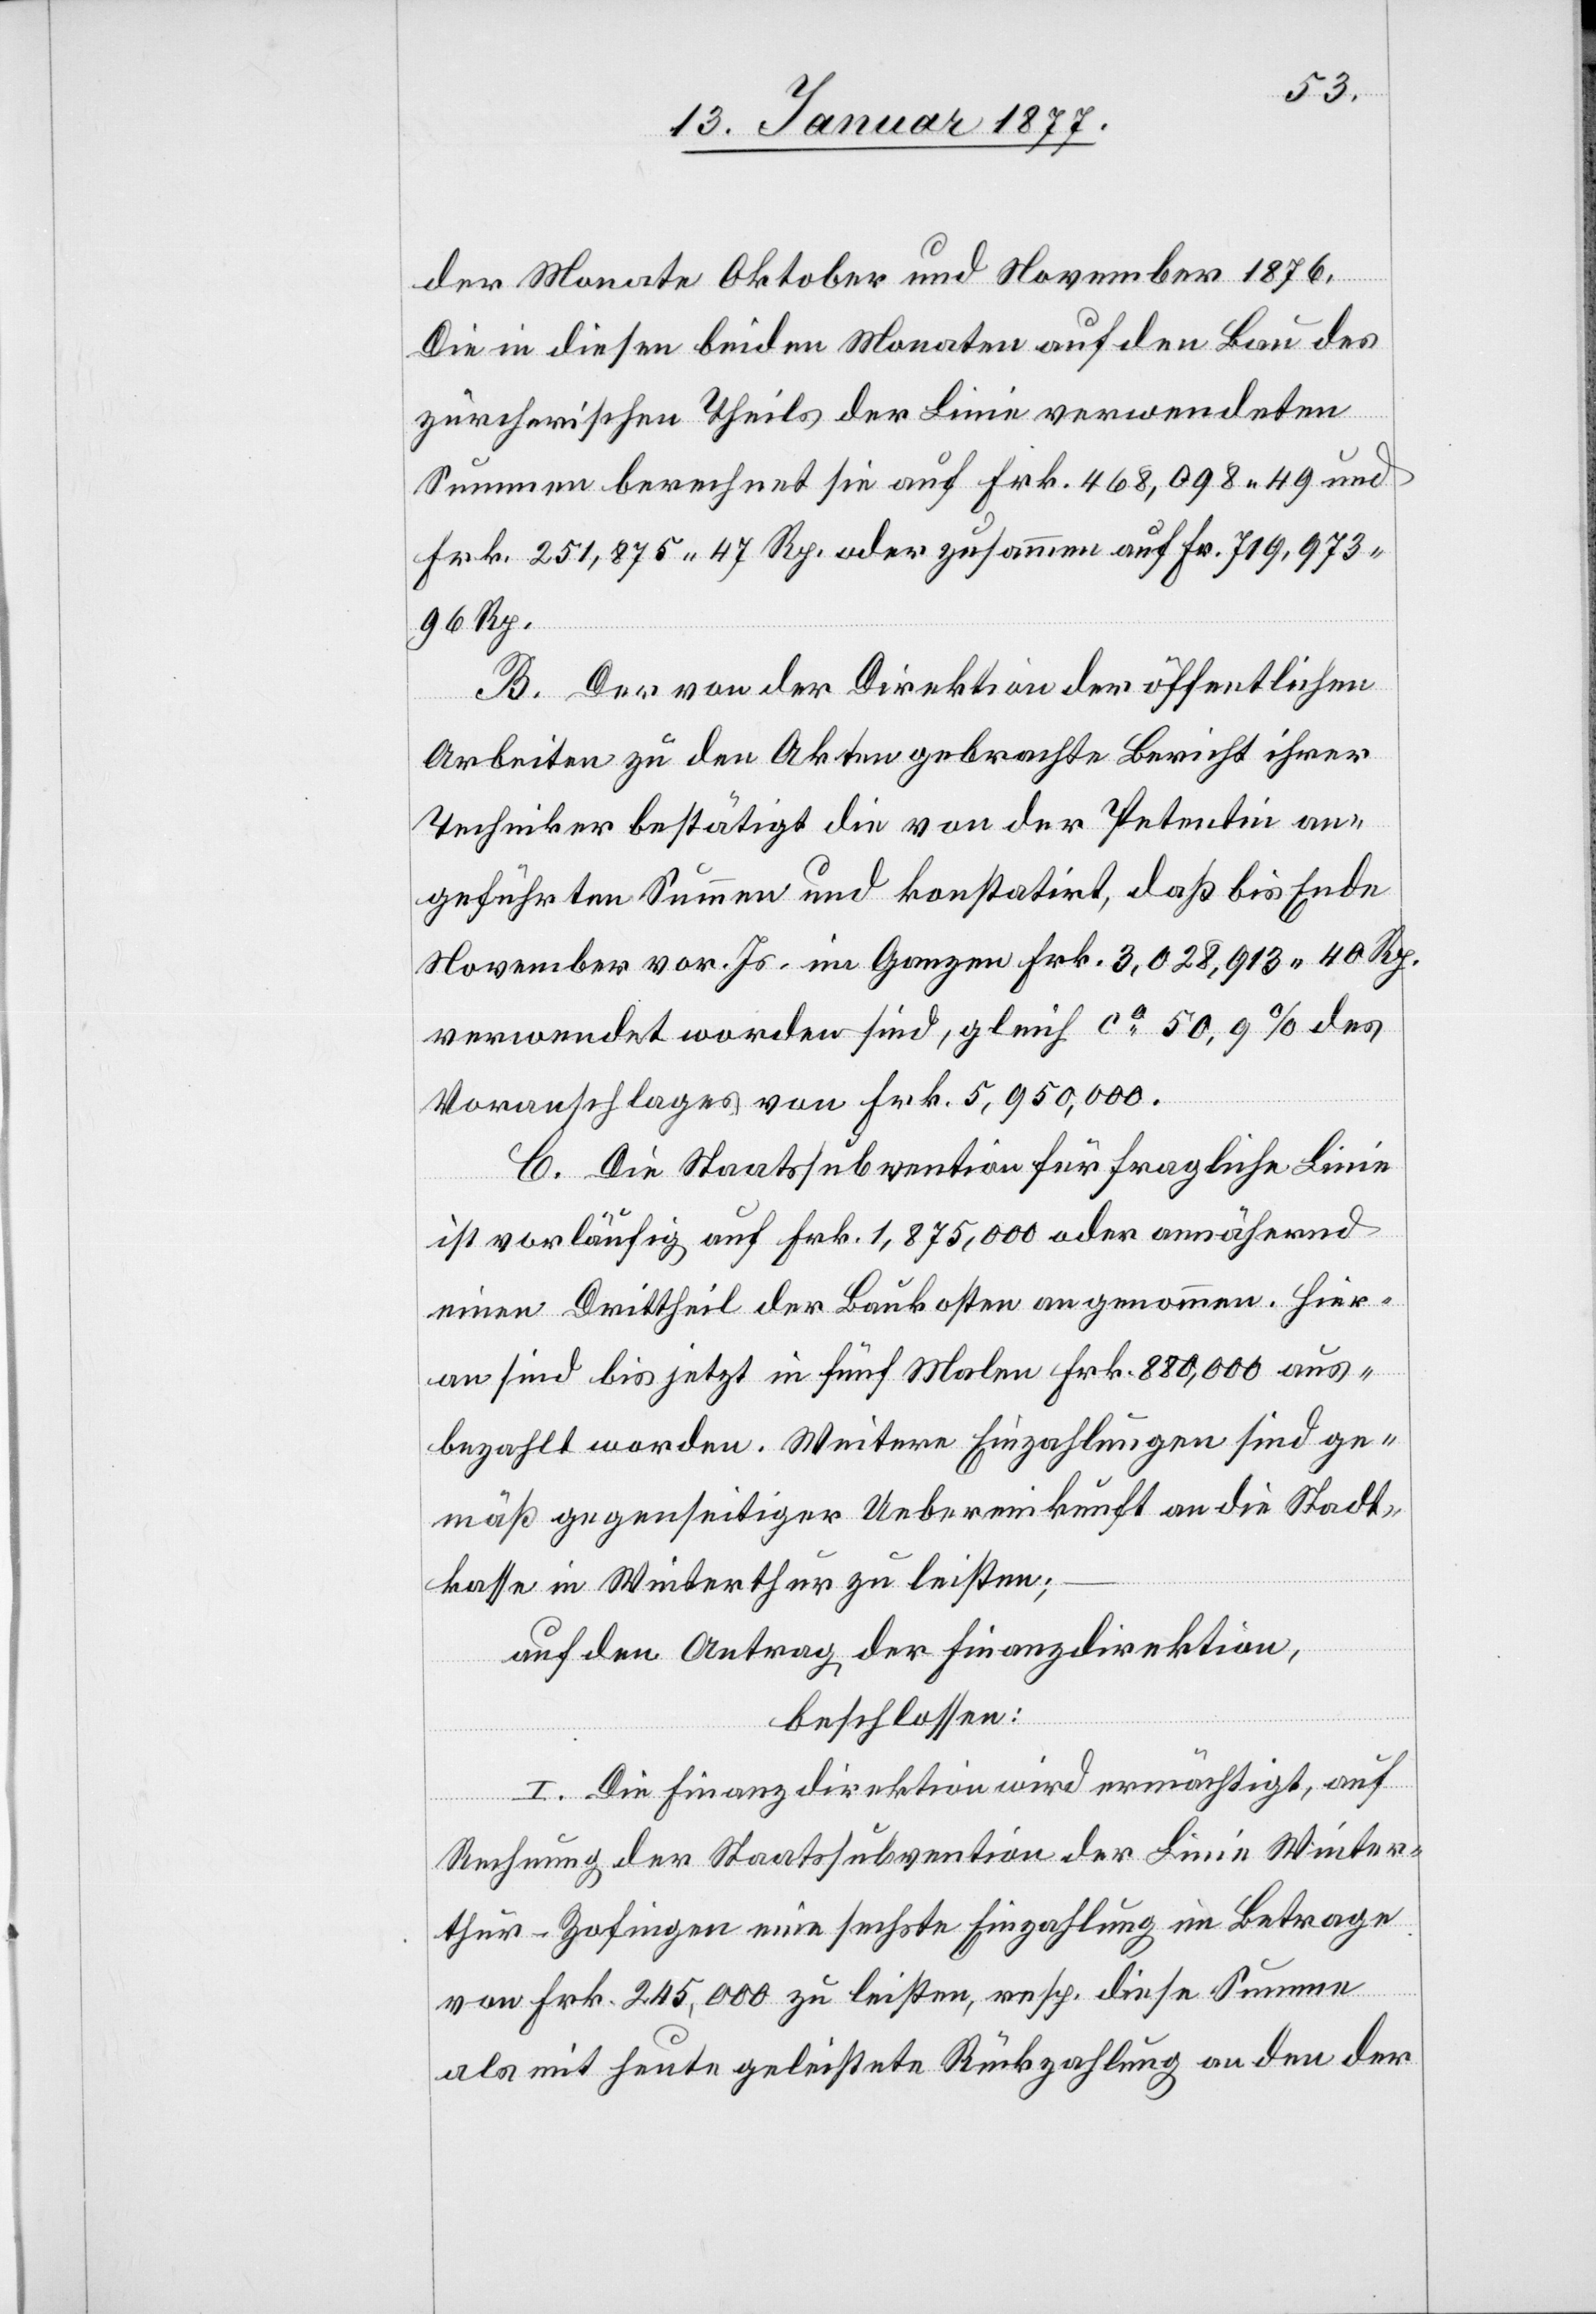
der Monate Oktober und November 1876.
Die in diesen beiden Monaten auf den Bau des
zürcherischen Theils der Linie verwendeten
Summen berechnet sie auf Frk. 468,098.49 und
Frk. 251,875 47 Rp. oder zusammen auf Fr. 719,973
96 Rp.
B. Der von der Direktion der öffentlichen
Arbeiten zu den Akten gebrachte Bericht ihrer
Techniker bestätigt die von der Petentin an¬
geführten Summen und konstatirt, daß bis Ende
November vor. Js. im Ganzen Frk. 3,028,913 40 Rp.
verwendet worden sind, gleich ca 50,9% des
Voranschlages von Frk. 5,950,000.
C. Die Staatssubvention für fragliche Linie
ist vorläufig auf Frk. 1,875,000 oder annähernd
einen Drittheil der Baukosten angenommen. Hier¬
an sind bis jetzt in fünf Malen Frk. 880,000 aus¬
bezahlt worden. Weitere Einzahlungen sind ge¬
mäß gegenseitiger Uebereinkunft an die Stadt¬
kasse in Winterthur zu leisten;
auf den Antrag der Finanzdirektion,
beschlossen:
I. Die Finanzdirektion wird ermächtigt, auf
Rechnung der Staatssubvention der Linie Winter¬
thur–Zofingen eine sechste Einzahlung im Betrage
von Frk. 245,000 zu leisten, resp. diese Summe
als mit heute geleistete Rückzahlung an den der